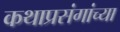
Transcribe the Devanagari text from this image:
कथाप्रसंगांच्या